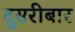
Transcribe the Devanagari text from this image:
दुसरीबार